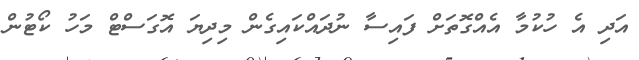
އަދި އެ ހުކުމާ އެއްގޮތަށް ފައިސާ ނުދައްކައިގެން މިދިޔަ އޮގަސްޓް މަހު ކޯޓުން